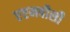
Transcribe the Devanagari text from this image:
एएमबीसी